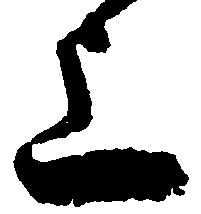
上